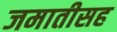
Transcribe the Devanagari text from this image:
जमातीसह